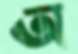
অ